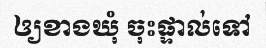
ឲ្យខាងឃុំ ចុះផ្ទាល់ទៅ